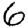
Digit: 6